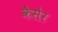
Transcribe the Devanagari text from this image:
कैसेर